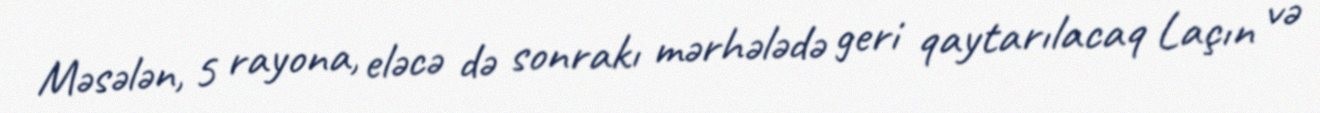
Məsələn, 5 rayona, eləcə də sonrakı mərhələdə geri qaytarılacaq Laçın və